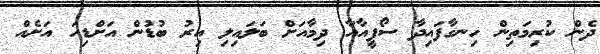
ދެން ކުރިމަތިން ހިނގާފައިދާ ސޯފީއާއާ ދިމާއަށް ބަލައިލި އިރު ބުޑުން އަށްޑިހަ އަށެއް